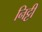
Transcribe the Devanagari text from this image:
निट्टी